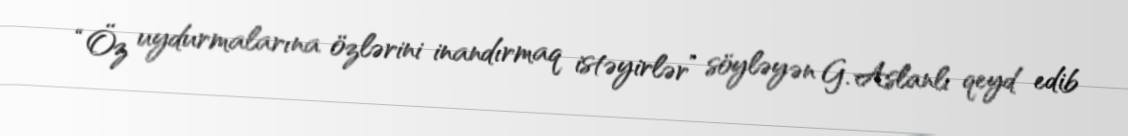
“Öz uydurmalarına özlərini inandırmaq istəyirlər” söyləyən G. Aslanlı qeyd edib